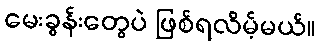
မေးခွန်းတွေပဲ ဖြစ်ရလိမ့်မယ်။